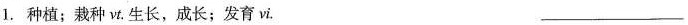
1.种植；栽种vt. 生长，成长；发育vi.___